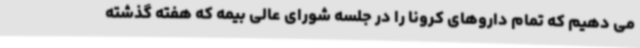
می دهیم که تمام داروهای کرونا را در جلسه شورای عالی بیمه که هفته گذشته